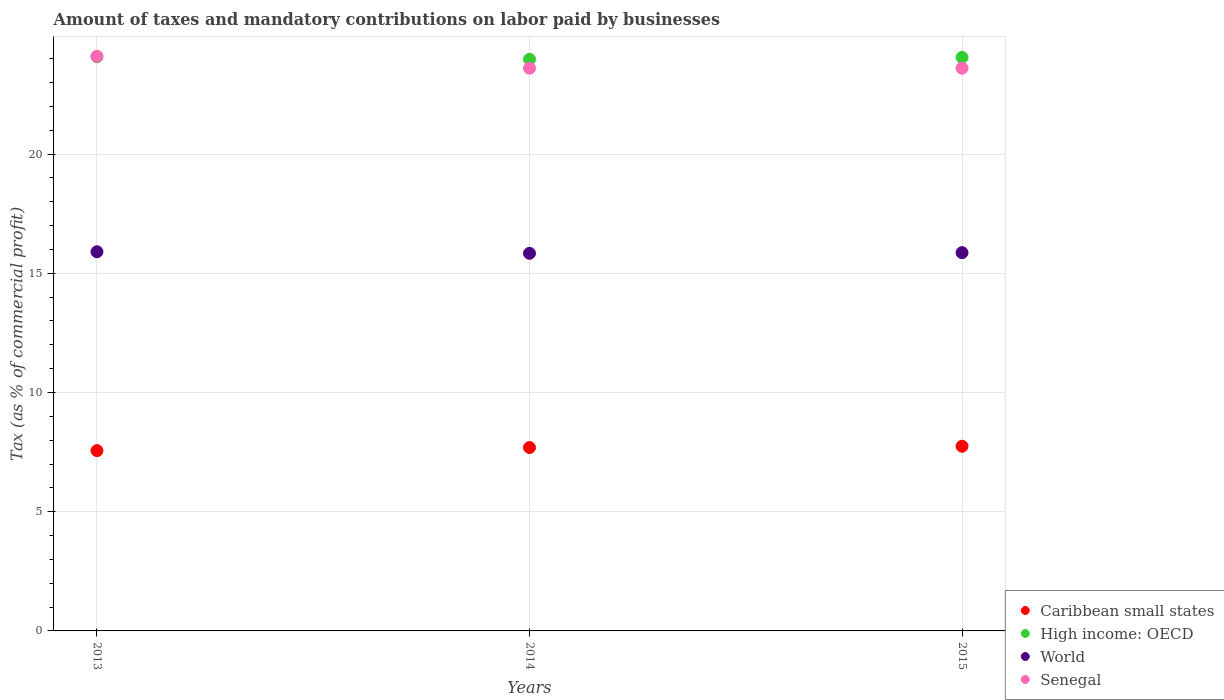
| Years | Caribbean small states | High income: OECD | World | Senegal |
 | --- | --- | --- | --- | --- |
 | 2013 | 7.56 | 24.1 | 15.9 | 24.1 |
 | 2014 | 7.69 | 24 | 15.8 | 23.6 |
 | 2015 | 7.75 | 24.1 | 15.9 | 23.6 |